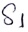
Text: S1